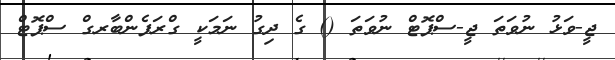
ޖީ-ވަޅު ނުވަތަ ޖީ-ސްޕޮޓް ނުވަތަ () ގެ ދިގު ނަމަކީ ގްރަފެންބާރގް ސްޕޮޓް